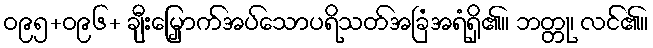
ဝ၉၅+ဝ၉၆+ ချီးမြှောက်အပ်သောပရိသတ်အခြံအရံရှိ၏။ ဘတ္တု၊ လင်၏။